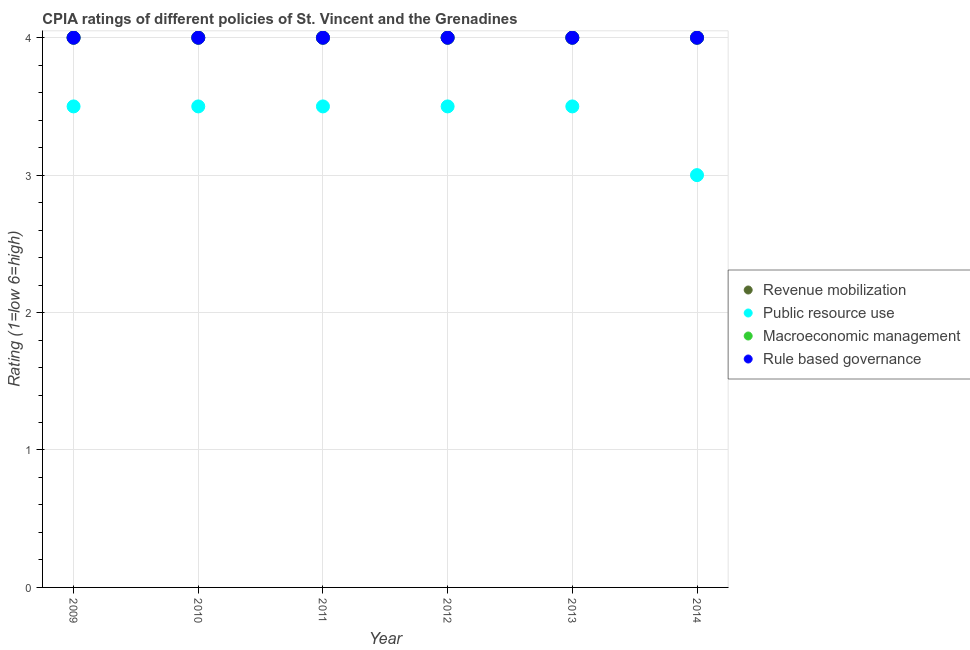
| Year | Revenue mobilization | Public resource use | Macroeconomic management | Rule based governance |
 | --- | --- | --- | --- | --- |
 | 2009 | 4 | 3.5 | 4 | 4 |
 | 2010 | 4 | 3.5 | 4 | 4 |
 | 2011 | 4 | 3.5 | 4 | 4 |
 | 2012 | 4 | 3.5 | 4 | 4 |
 | 2013 | 4 | 3.5 | 4 | 4 |
 | 2014 | 4 | 3 | 4 | 4 |